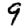
Digit: 9